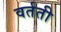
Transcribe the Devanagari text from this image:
वर्तती